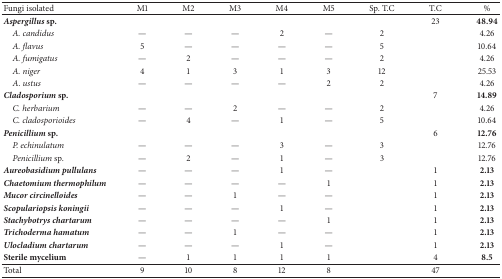
<table><thead><tr><td><b>Fungi isolated</b></td><td><b>M1</b></td><td><b>M2</b></td><td><b>M3</b></td><td><b>M4</b></td><td><b>M5</b></td><td><b>Sp. T.C</b></td><td><b>T.C</b></td><td><b>% </b></td></tr></thead><tbody><tr><td><b><i>Aspergillus</i> sp.</b></td><td> </td><td> </td><td> </td><td> </td><td> </td><td> </td><td>23</td><td><b>48.94</b></td></tr><tr><td> <i>A. candidus </i></td><td>—</td><td>—</td><td>—</td><td>2</td><td>—</td><td>2</td><td> </td><td>4.26</td></tr><tr><td> <i>A. flavus </i></td><td>5</td><td>—</td><td>—</td><td>—</td><td>—</td><td>5</td><td> </td><td>10.64</td></tr><tr><td> <i>A. fumigatus </i></td><td>—</td><td>2</td><td>—</td><td>—</td><td>—</td><td>2</td><td> </td><td>4.26</td></tr><tr><td> <i>A. niger </i></td><td>4</td><td>1</td><td>3</td><td>1</td><td>3</td><td>12</td><td> </td><td>25.53</td></tr><tr><td> <i>A. ustus </i></td><td>—</td><td>—</td><td>—</td><td>—</td><td>2</td><td>2</td><td> </td><td>4.26</td></tr><tr><td><b><i>Cladosporium</i> sp.</b></td><td> </td><td> </td><td> </td><td> </td><td> </td><td> </td><td>7</td><td><b>14.89</b></td></tr><tr><td> <i>C. herbarium </i></td><td>—</td><td>—</td><td>2</td><td>—</td><td>—</td><td>2</td><td> </td><td>4.26</td></tr><tr><td> <i>C. cladosporioides </i></td><td>—</td><td>4</td><td>—</td><td>1</td><td>—</td><td>5</td><td> </td><td>10.64</td></tr><tr><td><b><i>Penicillium</i> sp.</b></td><td> </td><td> </td><td> </td><td> </td><td> </td><td> </td><td>6</td><td><b>12.76</b></td></tr><tr><td> <i>P. echinulatum </i></td><td>—</td><td>—</td><td>—</td><td>3</td><td>—</td><td>3</td><td> </td><td>12.76</td></tr><tr><td> <i>Penicillium </i>sp.</td><td>—</td><td>2</td><td>—</td><td>1</td><td>—</td><td>3</td><td> </td><td>12.76</td></tr><tr><td><b><i>Aureobasidium pullulans</i></b></td><td>—</td><td>—</td><td>—</td><td>1</td><td>—</td><td> </td><td>1</td><td><b>2.13</b></td></tr><tr><td><b><i>Chaetomium thermophilum</i></b></td><td>—</td><td>—</td><td>—</td><td>—</td><td>1</td><td> </td><td>1</td><td><b>2.13</b></td></tr><tr><td><b><i>Mucor circinelloides</i></b></td><td>—</td><td>—</td><td>1</td><td>—</td><td>—</td><td> </td><td>1</td><td><b>2.13</b></td></tr><tr><td><b><i>Scopulariopsis koningii</i></b></td><td>—</td><td>—</td><td>—</td><td>1</td><td>—</td><td> </td><td>1</td><td><b>2.13</b></td></tr><tr><td><b><i>Stachybotrys chartarum</i></b></td><td>—</td><td>—</td><td>—</td><td>—</td><td>1</td><td> </td><td>1</td><td><b>2.13</b></td></tr><tr><td><b><i>Trichoderma hamatum</i></b></td><td>—</td><td>—</td><td>1</td><td>—</td><td>—</td><td> </td><td>1</td><td><b>2.13</b></td></tr><tr><td><b><i>Ulocladium chartarum</i></b></td><td>—</td><td>—</td><td>—</td><td>1</td><td>—</td><td> </td><td>1</td><td><b>2.13</b></td></tr><tr><td><b>Sterile mycelium </b></td><td>—</td><td>1</td><td>1</td><td>1</td><td>1</td><td> </td><td>4</td><td><b>8.5</b></td></tr><tr><td>Total </td><td>9</td><td>10</td><td>8</td><td>12</td><td>8</td><td> </td><td>47</td><td> </td></tr></tbody></table>